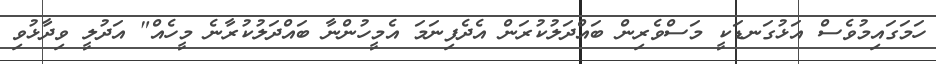
ހަމަގައިމުވެސް އަޅުގަނޑަކީ މަސްވެރިން ބައްދަލުކުރަން އެދެފިނަމަ އެމީހުންނާ ބައްދަލުކުރާނެ މީހެއް" އަދުލީ ވިދާޅުވި